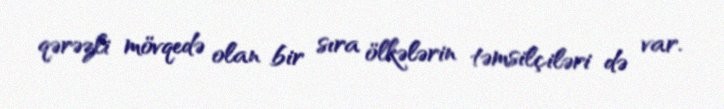
qərəzli mövqedə olan bir sıra ölkələrin təmsilçiləri də var.